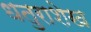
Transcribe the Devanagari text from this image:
धतुराशेख